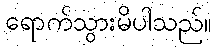
ရောက်သွားမိပါသည်။